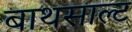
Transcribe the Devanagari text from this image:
बाथसाल्ट